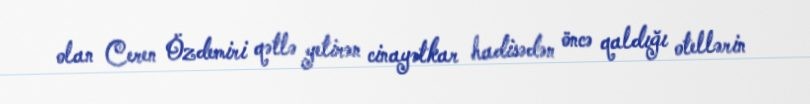
olan Ceren Özdemiri qətlə yetirən cinayətkar hadisədən öncə qaldığı otellərin